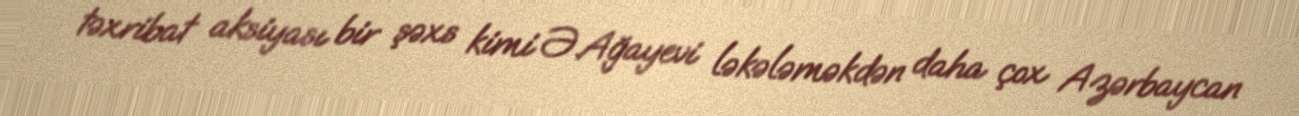
təxribat aksiyası bir şəxs kimi Ə.Ağayevi ləkələməkdən daha çox Azərbaycan